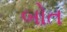
બોત